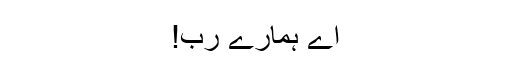
اے ہمارے رب!